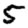
Digit: 5